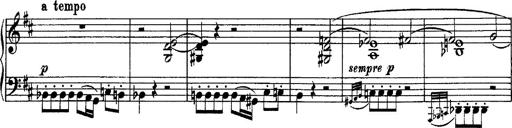
Title: Piano Sonata
Composer: Karl HÃ¤ssler
Key: C major